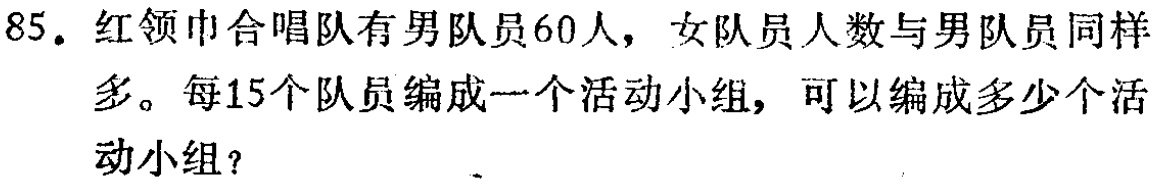
85. 红领巾合唱队有男队员60人，女队员人数与男队员同样多。每15个队员编成一个活动小组，可以编成多少个活动小组？